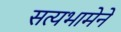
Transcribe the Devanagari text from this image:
सत्यभामेने